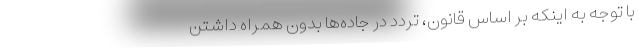
با توجه به اینکه بر اساس قانون، تردد در جاده‌ها بدون همراه داشتن